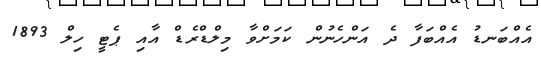
އެއްބަނޑު އެއްބަފާ ދެ އަންހެނުން ކަމަށްވާ މިލްޑްރެޑް އާއި ޕެޓީ ހިލް 1893